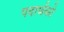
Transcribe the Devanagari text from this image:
पदार्थको